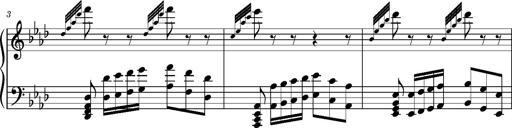
Title: Album-Leaf 'Ah, vous dirai-je, maman'
Composer: Franz Liszt
Key: A-flat major